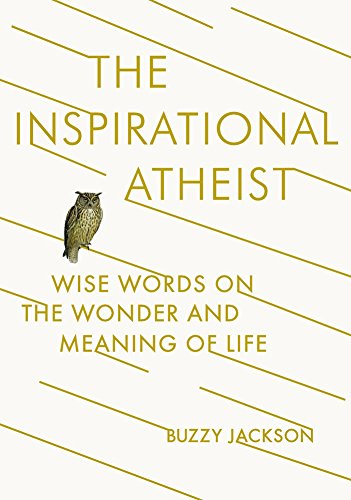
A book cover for The Inspirational Atheist: Wise Words on the Wonder and Meaning of Life; Buzzy Jackson; Religion & Spirituality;